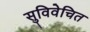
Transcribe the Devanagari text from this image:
सुविवेचित